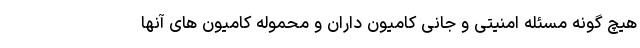
هیچ گونه مسئله امنیتی و جانی کامیون داران و محموله کامیون‌ های آنها